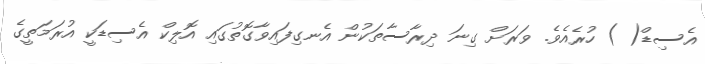
އެސިޑް( ) ހުރެއެވެ. ވަރަށް ގިނަ ދިރާސާތަކުން އެނގިފައިވާގޮތުގައި އޮލިކް އެސިޑަކީ އުރަމަތީގެ